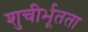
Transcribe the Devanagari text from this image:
शुचीर्भूतता